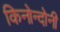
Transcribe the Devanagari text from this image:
किनोन्दोनी